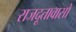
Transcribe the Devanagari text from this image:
राजदूतावासों